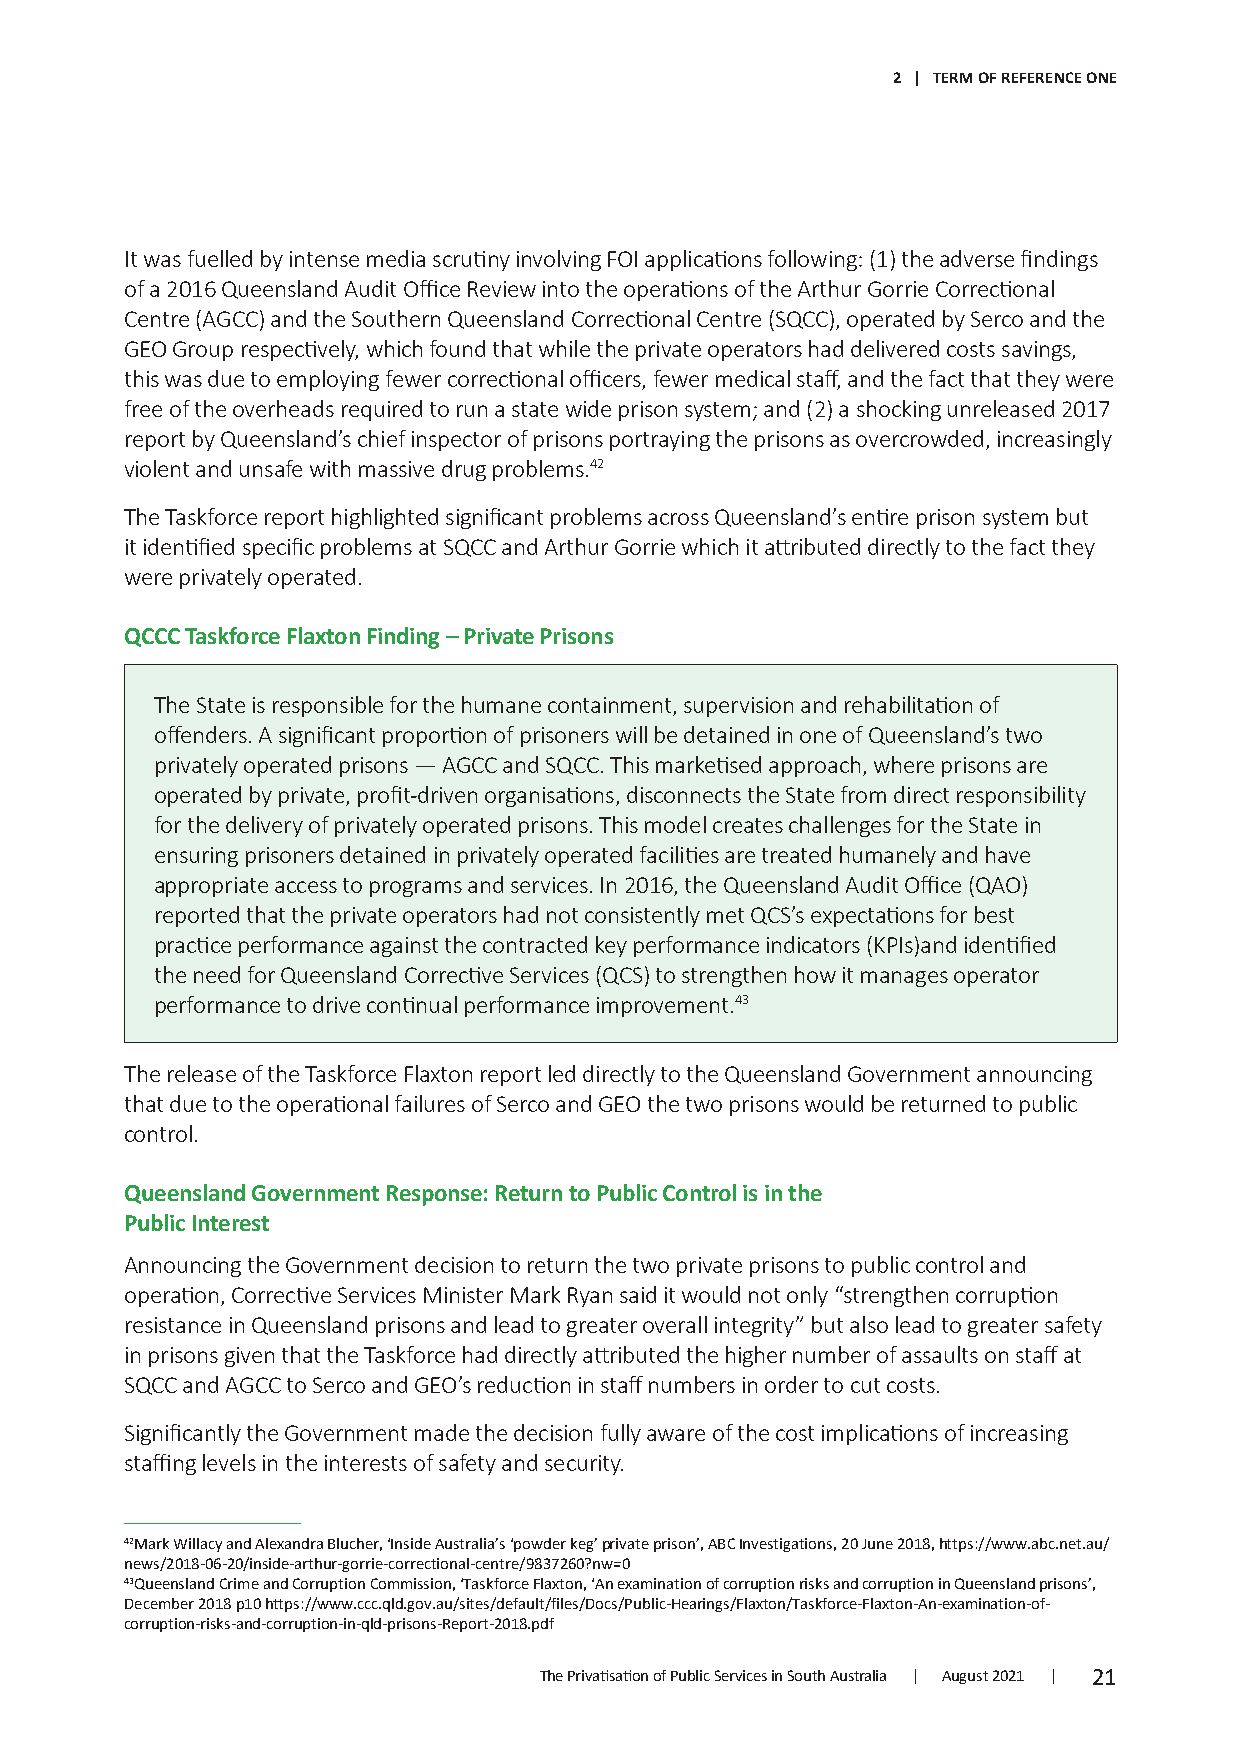
2 | TERM OF REFERENCE ONE
 It was fuelled by intense media scrutiny involving FOI applications following: (1) the adverse findings
 of a 2016 Queensland Audit Office Review into the operations of the Arthur Gorrie Correctional
 Centre (AGCC) and the Southern Queensland Correctional Centre (SQCC), operated by Serco and the
 GEO Group respectively, which found that while the private operators had delivered costs savings,
 this was due to employing fewer correctional officers, fewer medical staff, and the fact that they were
 free of the overheads required to run a state wide prison system; and (2) a shocking unreleased 2017
 report by Queensland’s chief inspector of prisons portraying the prisons as overcrowded, increasingly
 violent and unsafe with massive drug problems.42
 The Taskforce report highlighted significant problems across Queensland’s entire prison system but
 it identified specific problems at SQCC and Arthur Gorrie which it attributed directly to the fact they
 were privately operated.
 QCCC Taskforce Flaxton Finding – Private Prisons
 The State is responsible for the humane containment, supervision and rehabilitation of
 offenders. A significant proportion of prisoners will be detained in one of Queensland’s two
 privately operated prisons — AGCC and SQCC. This marketised approach, where prisons are
 operated by private, profit-driven organisations, disconnects the State from direct responsibility
 for the delivery of privately operated prisons. This model creates challenges for the State in
 ensuring prisoners detained in privately operated facilities are treated humanely and have
 appropriate access to programs and services. In 2016, the Queensland Audit Office (QAO)
 reported that the private operators had not consistently met QCS’s expectations for best
 practice performance against the contracted key performance indicators (KPIs)and identified
 the need for Queensland Corrective Services (QCS) to strengthen how it manages operator
 performance to drive continual performance improvement.43
 The release of the Taskforce Flaxton report led directly to the Queensland Government announcing
 that due to the operational failures of Serco and GEO the two prisons would be returned to public
 control.
 Queensland Government Response: Return to Public Control is in the
 Public Interest
 Announcing the Government decision to return the two private prisons to public control and
 operation, Corrective Services Minister Mark Ryan said it would not only “strengthen corruption
 resistance in Queensland prisons and lead to greater overall integrity” but also lead to greater safety
 in prisons given that the Taskforce had directly attributed the higher number of assaults on staff at
 SQCC and AGCC to Serco and GEO’s reduction in staff numbers in order to cut costs.
 Significantly the Government made the decision fully aware of the cost implications of increasing
 staffing levels in the interests of safety and security.
 42Mark Willacy and Alexandra Blucher, ‘Inside Australia’s ‘powder keg’ private prison’, ABC Investigations, 20 June 2018, https://www.abc.net.au/
 news/2018-06-20/inside-arthur-gorrie-correctional-centre/9837260?nw=0
 43Queensland Crime and Corruption Commission, ‘Taskforce Flaxton, ‘An examination of corruption risks and corruption in Queensland prisons’,
 December 2018 p10 https://www.ccc.qld.gov.au/sites/default/files/Docs/Public-Hearings/Flaxton/Taskforce-Flaxton-An-examination-of-
 corruption-risks-and-corruption-in-qld-prisons-Report-2018.pdf
 The Privatisation of Public Services in South Australia | August 2021 | 21